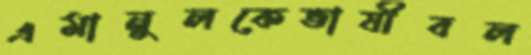
এমানুলকেভাষীবল